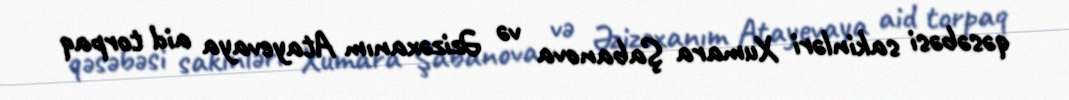
qəsəbəsi sakinləri Xumara Şabanova və Əzizəxanım Atayevaya aid torpaq